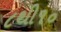
૮થી૧૦